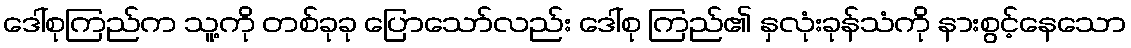
ဒေါ်စုကြည်က သူ့ကို တစ်ခုခု ပြောသော်လည်း ဒေါ်စု ကြည်၏ နှလုံးခုန်သံကို နားစွင့်နေသော